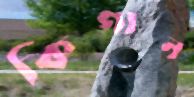
কিগান